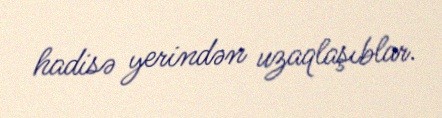
hadisə yerindən uzaqlaşıblar.